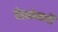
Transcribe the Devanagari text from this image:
देशांमधी